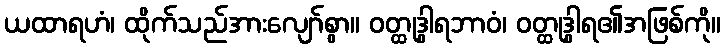
ယထာရဟံ၊ ထိုက်သည်အားလျော်စွာ။ ဝတ္ထုဒွါရဘာဝံ၊ ဝတ္ထုဒွါရ၏အဖြစ်ကို။